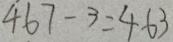
4 6 7 - 3 = 4 6 3